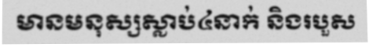
មានមនុស្សស្លាប់៤នាក់ និងរបួស